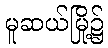
မူဆယ်မြို့၌